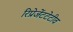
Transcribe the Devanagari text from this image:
रिप्रेजेंटटेटीव